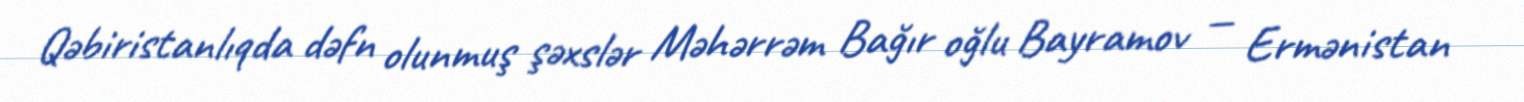
Qəbiristanlıqda dəfn olunmuş şəxslər Məhərrəm Bağır oğlu Bayramov — Ermənistan